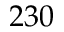
2 3 0